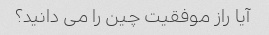
آیا راز موفقیت چین را می دانید؟